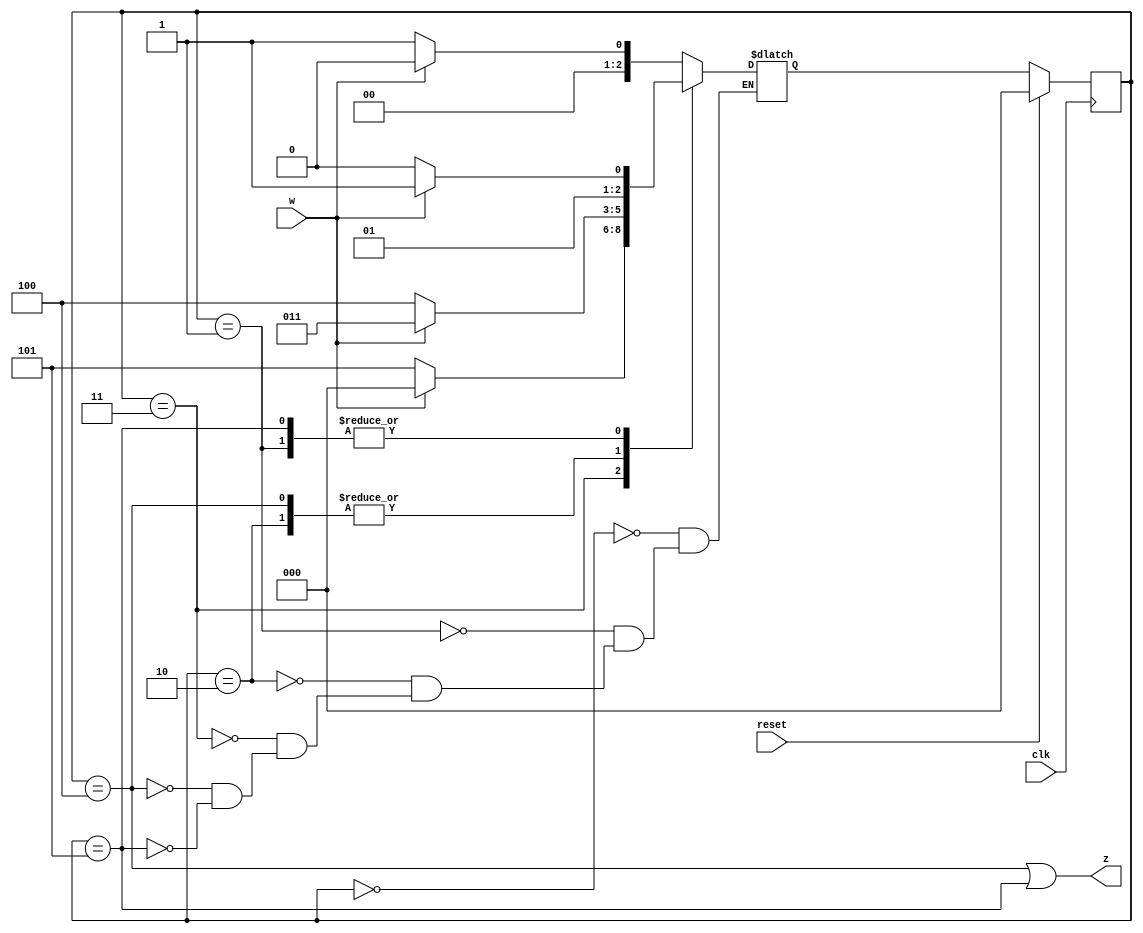
module top_module (
    input clk,
    input reset,     // synchronous reset
    input w,
    output z);
    parameter [2:0] A=3'b000, B=3'b001,C=3'b010,D=3'b011,E=3'b100,F=3'b101;
    reg [2:0]state, next;
    always@(*)begin
        case(state)
            A : next = (w)? A:B;
            B : next = (w)? D:C;
            C : next = (w)? D:E;
            D : next = (w)? A:F;
            E : next = (w)? D:E;
            F : next = (w)? D:C;
        endcase
    end
    always@(posedge clk)begin
        if(reset)
            state <= A;
        else
            state <= next;
    end
    assign z = ((state==E) || (state==F));           
        
endmodule